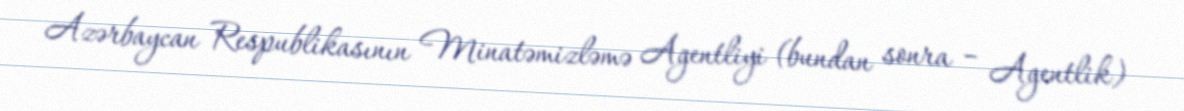
Azərbaycan Respublikasının Minatəmizləmə Agentliyi (bundan sonra – Agentlik)